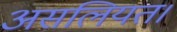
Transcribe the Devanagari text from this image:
असलियत।